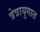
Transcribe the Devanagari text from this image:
त्रेत्रायुगात